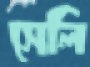
সেলি